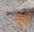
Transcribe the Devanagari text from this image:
गुक